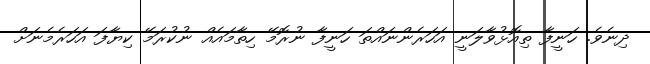
ދިނެވެ. ހަނީފާ ތިއޮޅުވާލަނީ އަހަރެންނައްތަ ހަނީފާ ނުރޮމޭ ހިތާމައެއް ނުކުރަމޭ ކިޔާފަ އަހަރެމެނަށް